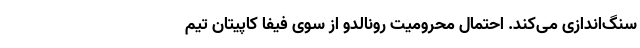
سنگ‌اندازی می‌کند. احتمال محرومیت رونالدو از سوی فیفا کاپیتان تیم